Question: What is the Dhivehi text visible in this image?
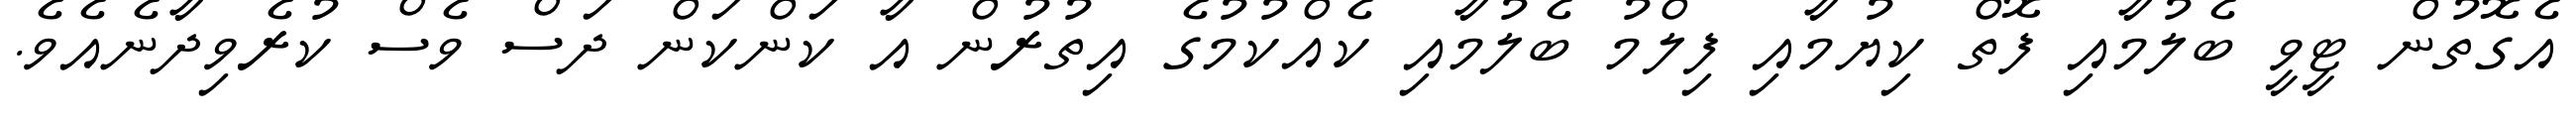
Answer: އެގޮތުން ޓީވީ ބެލުމާއި ފޮތް ކިޔުމާއި ފިލްމު ބެލުމާއި ކެއްކުމުގެ އިތުރުން އާ ކަންކަން ދަސް ވެސް ކުރެވިދާނެއެވެ.